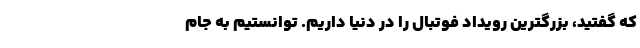
که گفتید، بزرگترین رویداد فوتبال را در دنیا داریم. توانستیم به جام